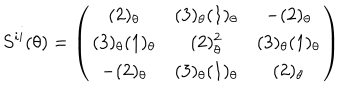
S ^ { i i } ( \theta ) = \left( \begin{array} { c c c } { { ( 2 ) _ { \theta } } } & { { ( 3 ) _ { \theta } ( 1 ) _ { \theta } } } & { { - ( 2 ) _ { \theta } } } \\ { { ( 3 ) _ { \theta } ( 1 ) _ { \theta } } } & { { ( 2 ) _ { \theta } ^ { 2 } } } & { { ( 3 ) _ { \theta } ( 1 ) _ { \theta } } } \\ { { - ( 2 ) _ { \theta } } } & { { ( 3 ) _ { \theta } ( 1 ) _ { \theta } } } & { { ( 2 ) _ { \theta } } } \\ \end{array} \right)